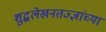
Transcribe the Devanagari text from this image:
शुद्धलेखनतज्ज्ञांच्या